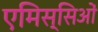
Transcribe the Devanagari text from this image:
एमिस्सिओं